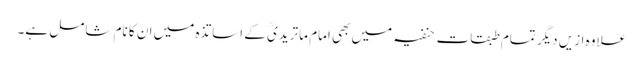
علاوہ ازیں دیگر تمام طبقاتِ حنفیہ میں بھی امام ماتریدیؒ کے اساتذہ میں ان کا نام شامل ہے۔